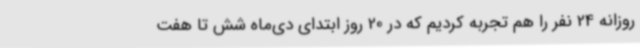
روزانه 24 نفر را هم تجربه کردیم که در 20 روز ابتدای دی‌ماه شش تا هفت